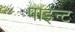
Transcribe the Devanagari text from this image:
पाईन्ट